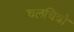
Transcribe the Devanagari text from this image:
चलचित्रो